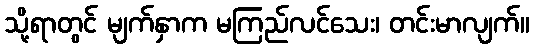
သို့ရာတွင် မျက်နှာက မကြည်လင်သေး၊ တင်းမာလျက်။